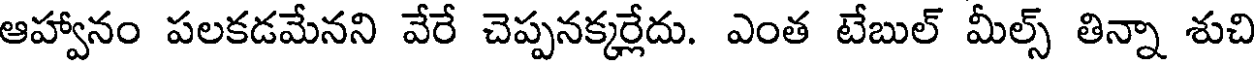
ఆహ్వానం పలకడమేనని వేరే చెప్పనక్కర్లేదు. ఎంత టేబుల్ మీల్స్ తిన్నా శుచి